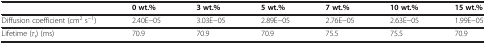
<table><thead><tr><td><b> </b></td><td><b>0 wt.%</b></td><td><b>3 wt.%</b></td><td><b>5 wt.%</b></td><td><b>7 wt.%</b></td><td><b>10 wt.%</b></td><td><b>15 wt.%</b></td></tr></thead><tbody><tr><td>Diffusion coefficient (cm<sup>2</sup> s<sup>−1</sup>)</td><td>2.40E−05</td><td>3.03E−05</td><td>2.89E−05</td><td>2.76E−05</td><td>2.63E−05</td><td>1.99E−05</td></tr><tr><td>Lifetime (<i>τ</i><sub>r</sub>) (ms)</td><td>70.9</td><td>70.9</td><td>70.9</td><td>75.5</td><td>75.5</td><td>70.9</td></tr></tbody></table>